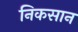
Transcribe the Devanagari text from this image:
निकसान